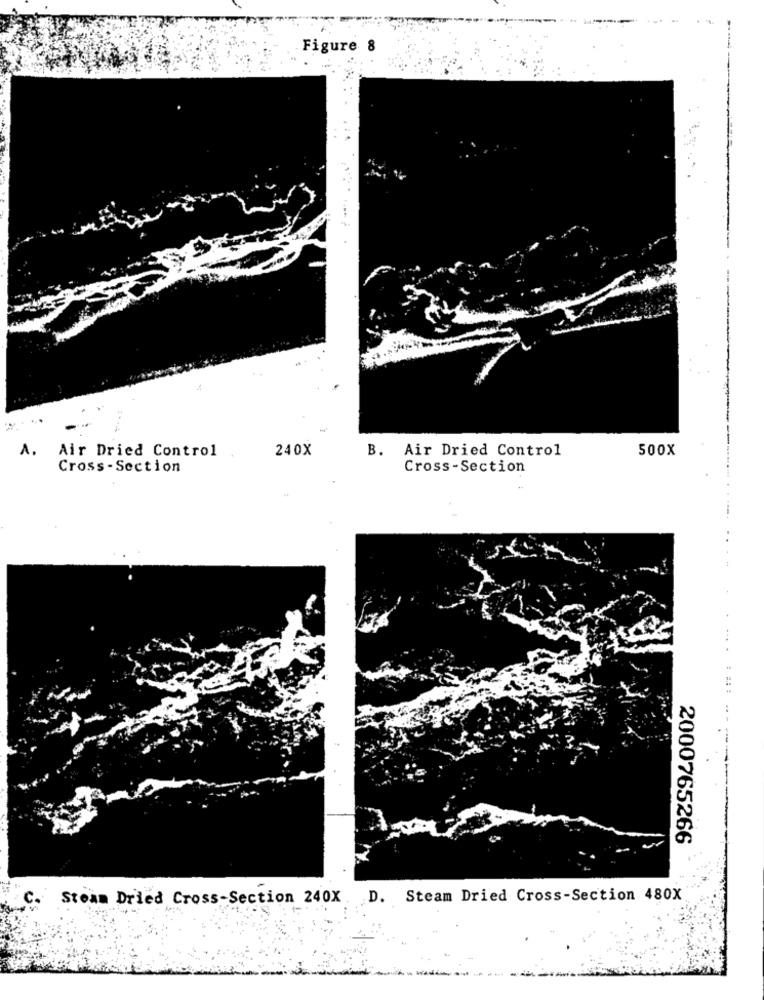
Figure 8
A.
Air Dried Control
240X
B.
Air Dried Control
500X
Cross-Section
Cross-Section
2000765266
Steam Dried Cross-Section 240X. D. Steam Dried Cross-Section 480X